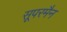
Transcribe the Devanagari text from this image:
सूपरमैन